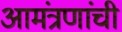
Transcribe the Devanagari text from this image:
आमंत्रणांची